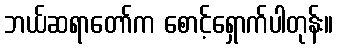
ဘယ်ဆရာတော်က စောင့်ရှောက်ပါတုန်း။